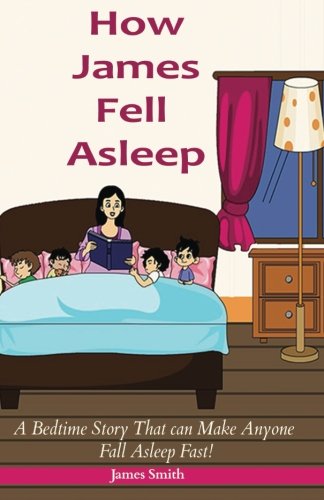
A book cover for How James Fell Asleep: A Bedtime Story that can Make anyone Fall asleep Fast (Bedtime Stories For kids) (Volume 1); James Smith; Children's Books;